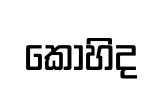
කොහිද